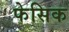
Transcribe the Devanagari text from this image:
फेसिक